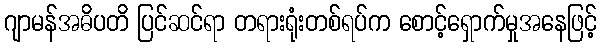
ဂျာမန်အဓိပတိ ပြင်ဆင်ရာ တရားရုံးတစ်ရပ်က စောင့်ရှောက်မှုအနေဖြင့်